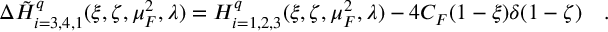
\Delta { \tilde { H } } _ { i = 3 , 4 , 1 } ^ { q } ( \xi , \zeta , \mu _ { F } ^ { 2 } , \lambda ) = H _ { i = 1 , 2 , 3 } ^ { q } ( \xi , \zeta , \mu _ { F } ^ { 2 } , \lambda ) - 4 C _ { F } ( 1 - \xi ) \delta ( 1 - \zeta ) \ \ \ .